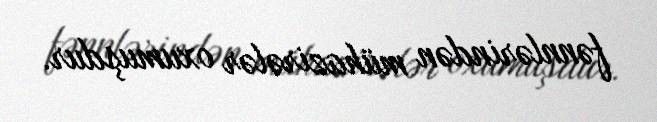
fənnlərindən mühazirələr oxumuşdur.